Epidemic dropsy in Calcutta - Number 49
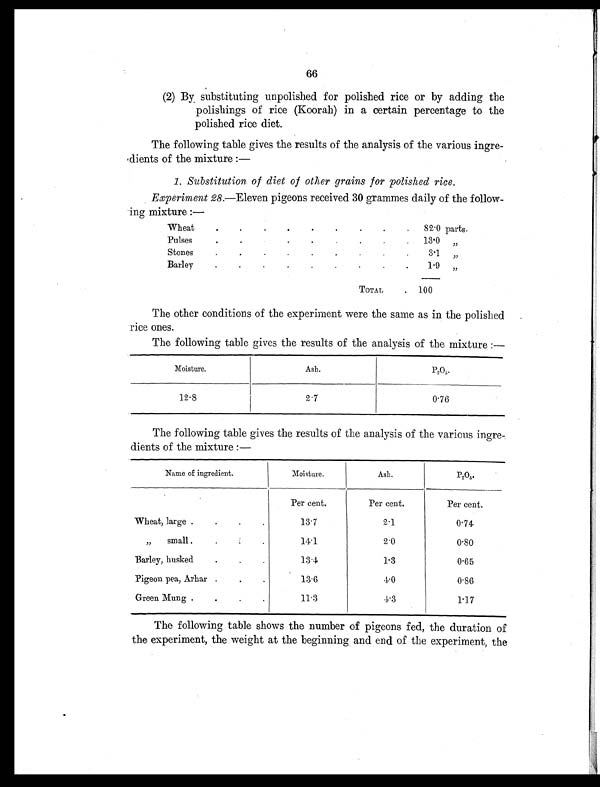
66
(2) By substituting unpolished for polished rice or by adding the
polishings of rice (Koorah) in a certain percentage to the
polished rice diet.
The following table gives the results of the analysis of the various ingre-
dients of the mixture:—
1. Substitution of diet of other grains for polished rice.
Experiment 28.—Eleven pigeons received 30 grammes daily of the follow-
ing mixture:—
Wheat
.
.
.
.
.
.
.
.
. 82.0 parts.
Pulses
. . . . . . . .
13.0 , ,
Stones
.
.
.
.
.
.
.
.
.
3.1 , ,
Barley
.
.
.
.
.
.
.
.
.
1.9 , ,
TOTAL
. 100
The other conditions of the experiment were the same as in the polished
rice ones.
The following table gives the results of the analysis of the mixture:—
Moisture.
Ash.
P 2 0 5 .
12.8
2.7
0.76
The following table gives the results of the analysis of the various ingre-.
dients of the mixture:—
Name of ingredient.
Moisture.
Ash.
P2O5.
Per cent.
Per cent.
Per cent.
Wheat, large.
.
.
.
13.7
2.1
0.74
,, small
. . .
14.1
2.0
0.80
Barley, husked
.
.
.
13.4
1.3
0.65
Pigeon pea, Arhar .
.
.
13.6
4.0
0.86
Green Mung
.
.
.
11.3
4.3
1.17
The following table shows the number of pigeons fed, the duration of
the experiment, the weight at the beginning and end of the experiment, the